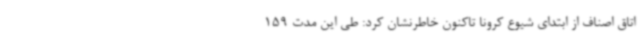
اتاق اصناف از ابتدای شیوع کرونا تاکنون خاطرنشان کرد: طی این مدت 159